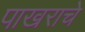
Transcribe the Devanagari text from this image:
पाखराचे